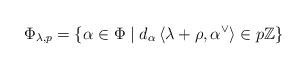
LaTeX: \begin{align*}\Phi_{\lambda,p} = \{ \alpha \in \Phi \mid d_{\alpha}\,\langle \lambda + \rho, \alpha^{\vee}\rangle \in p\mathbb{Z}\}\end{align*}